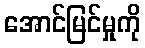
အောင်မြင်မှုကို